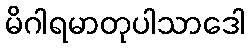
မိဂါရမာတုပါသာဒေါ